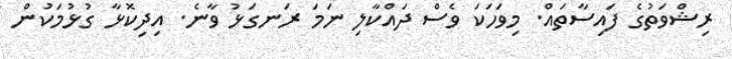
ރިޝްވަތުގެ ފައިސާތައް. މިވަހަކަ ވެސް ދައްކާލި ނަމަ ރަނގަޅު ވާނެ. އިދިކޮޅާ ގުޅުމަކުން